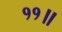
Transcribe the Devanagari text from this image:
११॥